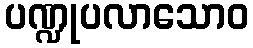
ပဏ္ဍုပလာသောဝ